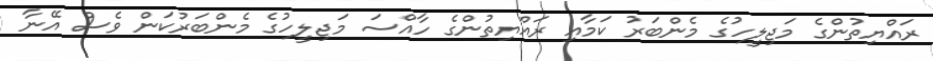
ރައްޔިތުންގެ މަޖިލީހުގެ މެންބަރު ކަމާއި ރައްޔިތުންގެ ހާއްސަ މަޖިލީހުގެ މެންބަރުކަން ވެސް އޭނާ